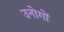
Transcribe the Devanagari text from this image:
उनोगों